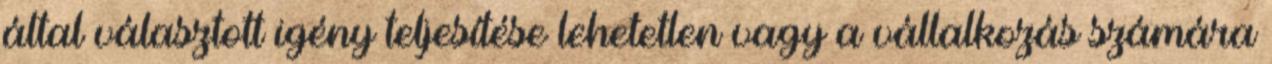
által választott igény teljesítése lehetetlen vagy a vállalkozás számára